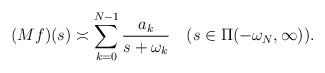
LaTeX: \begin{align*}(Mf)(s)\asymp\sum_{k=0}^{N-1} \frac{a_k}{s+\omega_k}\ \ \ (s\in\Pi(-\omega_N,\infty)).\end{align*}